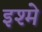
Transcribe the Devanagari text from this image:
इश्मे